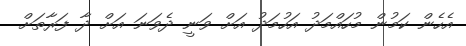
އެހެން ކަމުން މުހައްމަދު އަހުމަދު އަށް ވަނީ ދެވަނަ އަށް ދާ ފަރާތަށް